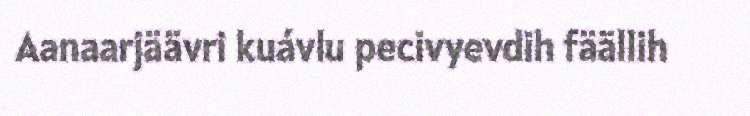
Aanaarjäävri kuávlu pecivyevdih fäällih